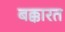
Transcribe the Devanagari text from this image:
बक्कारत